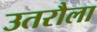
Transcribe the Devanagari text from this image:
उतरौला